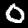
Label: 0